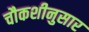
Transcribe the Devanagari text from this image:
चौकशीनुसार